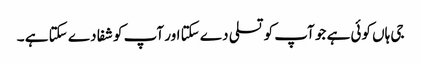
جی ہاں کوئی ہے جو آپ کو تسلی دے سکتا اور آپ کو شفا دے سکتا ہے ۔